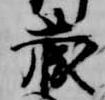
蔵